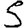
Digit: 5